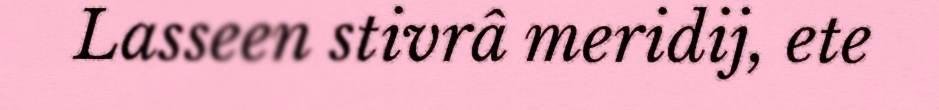
Lasseen stivrâ meridij, ete